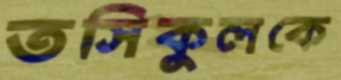
তসিকুলকে